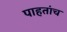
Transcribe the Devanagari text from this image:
पाहतांच